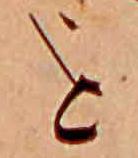
を